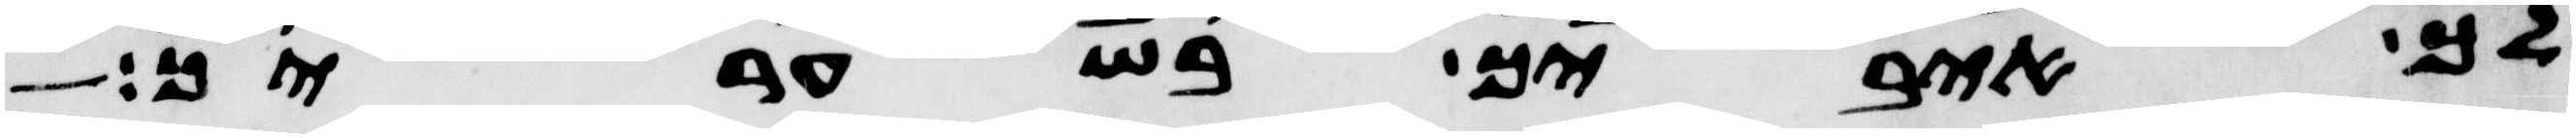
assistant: לך איביך בשעריך